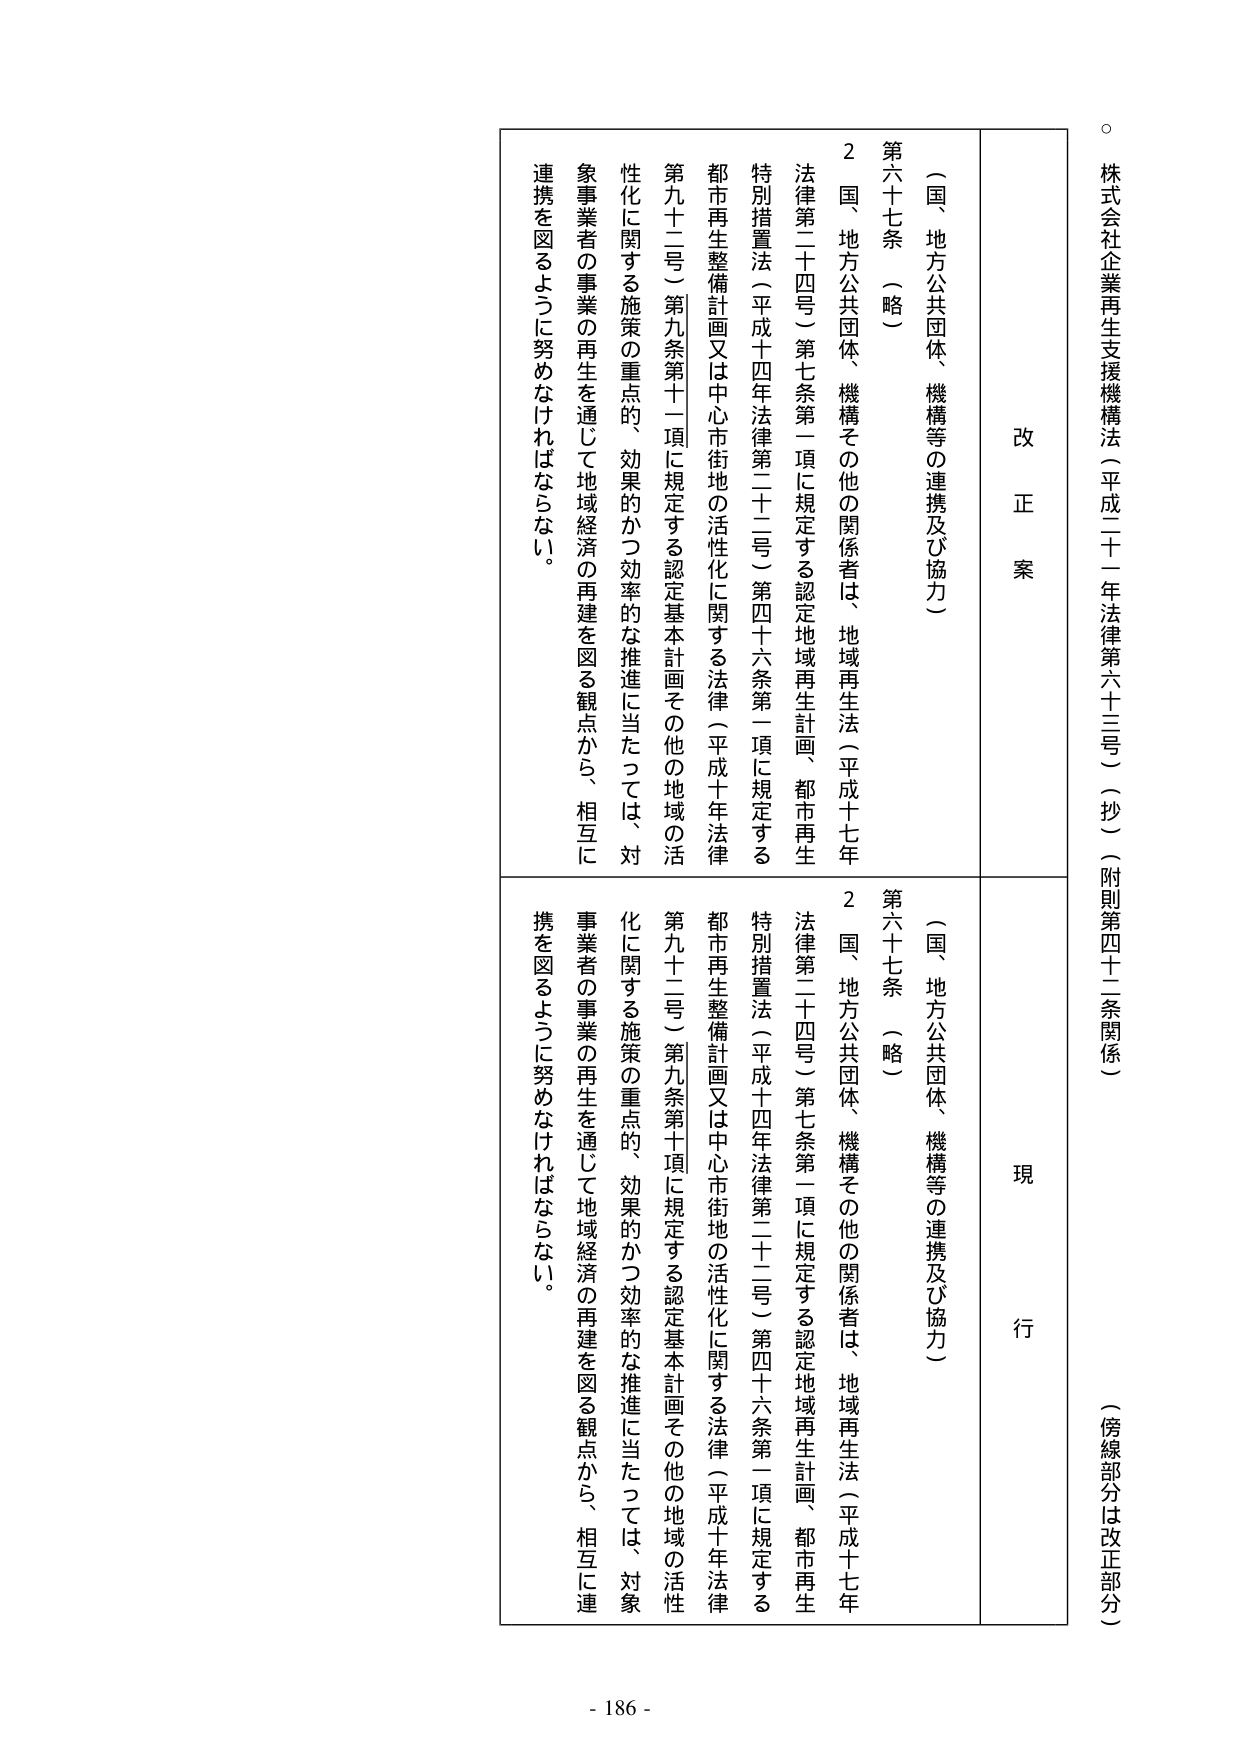
株式会社企業再生支援機構法（平成二十一年法律第六十三号）（抄）（附則第四十二条関係）
（傍線部分は改正部分）

改正案
現行

（国、地方公共団体、機構等の連携及び協力）
第六十七条 （略）
２ 国、地方公共団体、機構その他の関係者は、地域再生法（平成十七年法律第二十四号）第七条第一項に規定する認定地域再生計画、都市再生特別措置法（平成十四年法律第二十二号）第四十六条第一項に規定する都市再生整備計画又は中心市街地の活性化に関する法律（平成十年法律第九十二号）第九条第十一項に規定する認定基本計画その他の地域の活性化に関する施策の重点的、効果的かつ効率的な推進に当たっては、対象事業者の事業の再生を通じて地域経済の再建を図る観点から、相互に連携を図るように努めなければならない。

（国、地方公共団体、機構等の連携及び協力）
第六十七条 （略）
２ 国、地方公共団体、機構その他の関係者は、地域再生法（平成十七年法律第二十四号）第七条第一項に規定する認定地域再生計画、都市再生特別措置法（平成十四年法律第二十二号）第四十六条第一項に規定する都市再生整備計画又は中心市街地の活性化に関する法律（平成十年法律第九十二号）第九条第十項に規定する認定基本計画その他の地域の活性化に関する施策の重点的、効果的かつ効率的な推進に当たっては、対象事業者の事業の再生を通じて地域経済の再建を図る観点から、相互に連携を図るように努めなければならない。

- 186 -